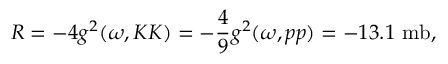
R = - 4 g ^ { 2 } ( \omega , K K ) = - \frac { 4 } { 9 } g ^ { 2 } ( \omega , p p ) = - 1 3 . 1 \, \, \mathrm { m b } ,